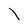
Character: l